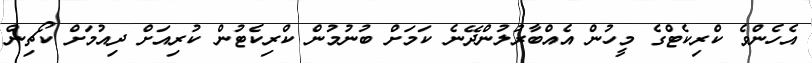
އެހެންވެ ކްރިކެޓްގެ މީހުން އެއްބާރުލުންދޭނެ ކަމަށް ބުނުމުން ކްރިކެޓުން ކުރިއަށް ދިއުމަށް ކޯޗިން